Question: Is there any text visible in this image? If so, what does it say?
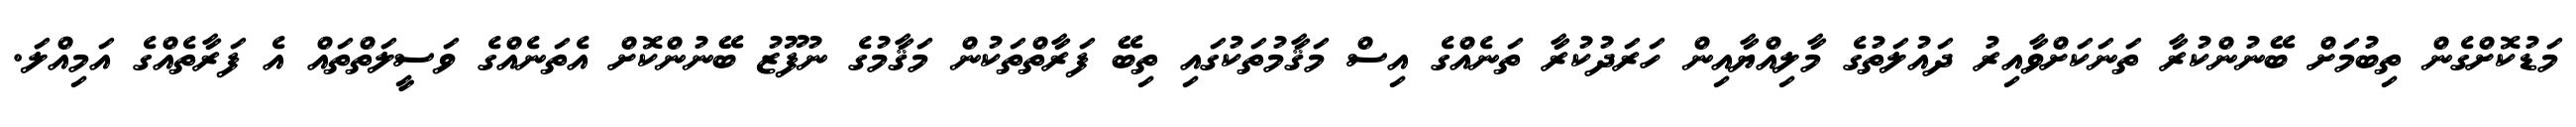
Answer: މަޑުކޮށްގެން ތިބުމަށް ބޭނުންކުރާ ތަނަކަށްވާއިރު ދައުލަތުގެ މާލިއްޔާއިން ހަރަދުކުރާ ތަނެއްގެ އިސް މަޤާމުތަކުގައި ތިބޭ ފަރާތްތަކުން މަޤާމުގެ ނުފޫޒު ބޭނުންކޮށް އެތަނެއްގެ ވަސީލަތްތައް އެ ފަރާތެއްގެ އަމިއްލަ.